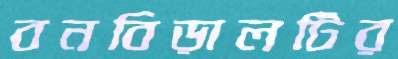
বনবিড়ালটির